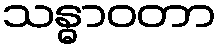
သန္ဓာဝတာ